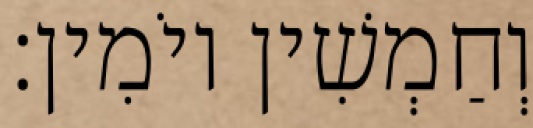
וְחַמְשִׁין יוֹמִין׃